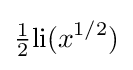
{\tfrac {1}{2}}\mathrm {li} (x^{1/2})